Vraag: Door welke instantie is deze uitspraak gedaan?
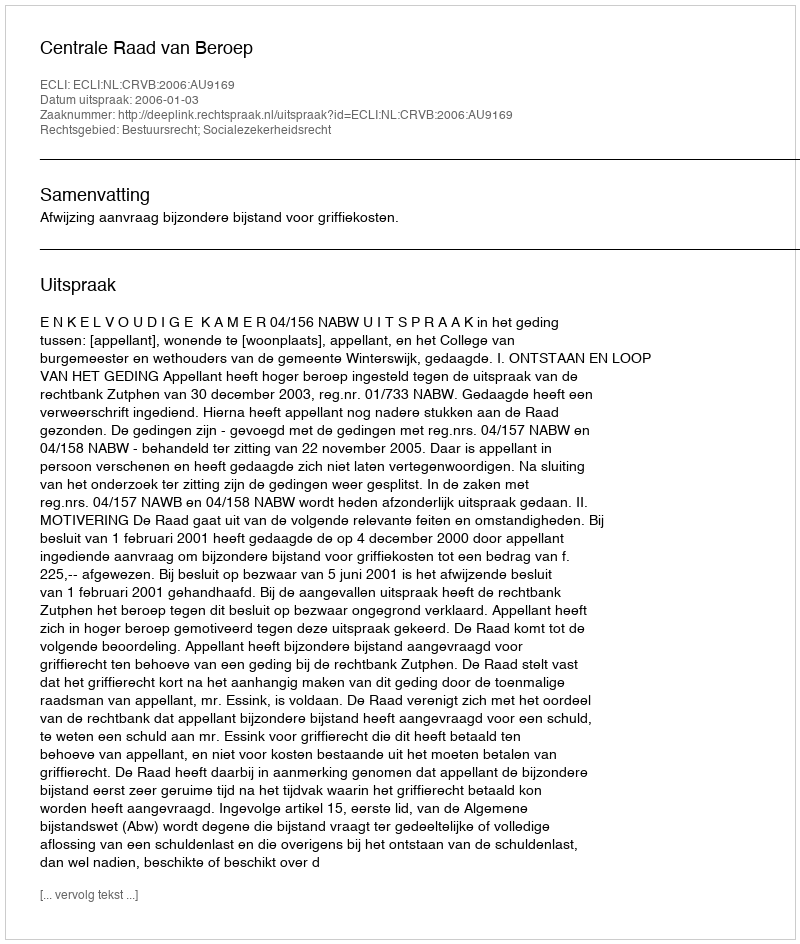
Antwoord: Centrale Raad van Beroep